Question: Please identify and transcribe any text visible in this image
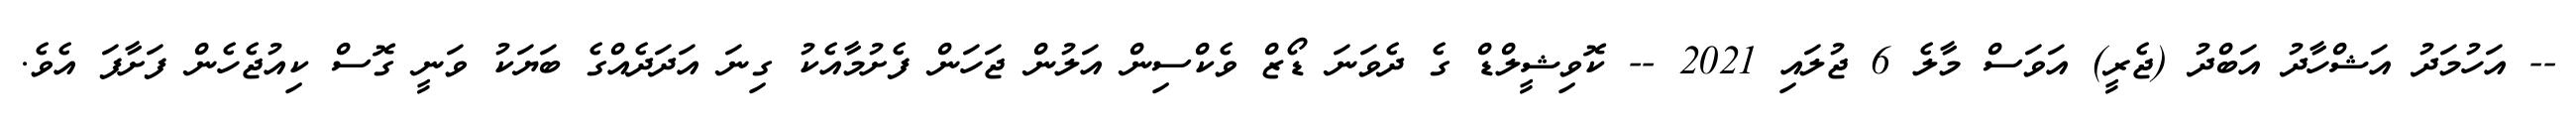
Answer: -- އަހުމަދު އަޝްހާދު އަބްދު (ޖެރީ) އަވަސް މާލެ 6 ޖުލައި 2021 -- ކޮވިޝީލްޑް ގެ ދެވަނަ ޑޯޒް ވެކްސިން އަލުން ޖަހަން ފެށުމާއެކު ގިނަ އަދަދެއްގެ ބަޔަކު ވަނީ ގޮސް ކިއުޖެހެން ފަށާފަ އެވެ.